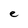
Character: e